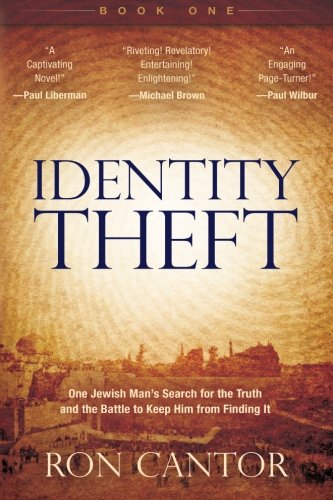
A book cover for Identity Theft; Ron Cantor; Christian Books & Bibles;